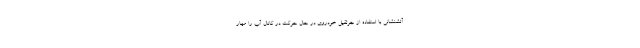
آتشنشانی با استفاده از جرثقیل خودروی در حال حرکت در کانال آب را مهار